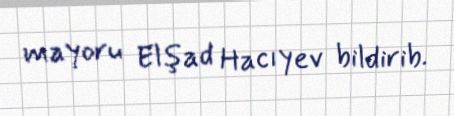
mayoru Elşad Hacıyev bildirib.